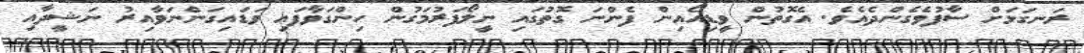
ރަނގަޅަށް ސާފުވެގެންދެއެވެ. އެގޮތުން ވީޑިއޯއިން ފެންނަ ގޮތުގައި ނީލޯފަރުމަގުން ހިންގަވާފައި ވަޑައިގަންނަވާއިރު ނަޝީދާއި